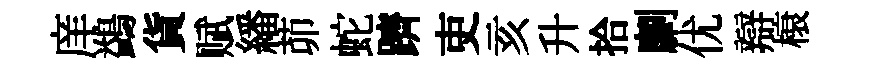
庠鷁貨赋繙茆蛇躋吏亥升拾劘优辯榱